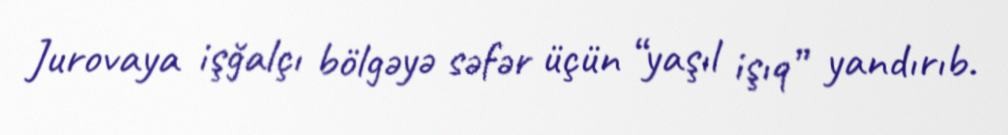
Jurovaya işğalçı bölgəyə səfər üçün “yaşıl işıq” yandırıb.